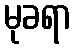
မုခရာ